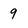
Character: 9